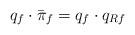
LaTeX: \begin{align*}q_f\cdot{}\bar\pi_f=q_f\cdot{}q_{{R}f}\end{align*}